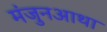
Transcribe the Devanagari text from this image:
मंजुनआथा